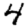
Digit: 4